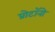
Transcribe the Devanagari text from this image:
प्रोटॉनो